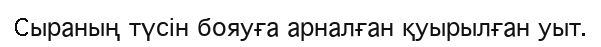
Cыраның түсін бояуға арналған қуырылған уыт.